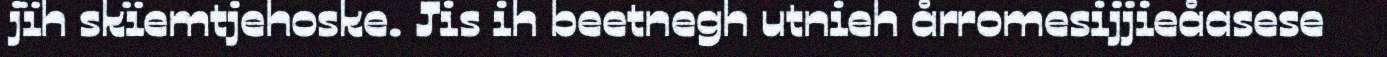
jïh skïemtjehoske. Jis ih beetnegh utnieh årromesijjieåasese